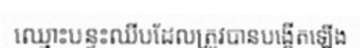
ឈ្មោះបន្ទះឈីបដែលត្រូវបានបង្កើតឡើង